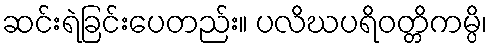
ဆင်းရဲခြင်းပေတည်း။ ပလိဃပရိဝတ္တိကမ္ပိ၊